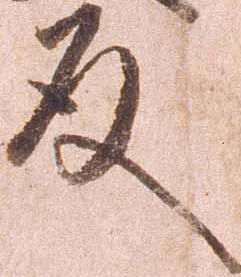
殿